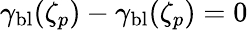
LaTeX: \gamma_{\mathrm{bl}}(\zeta_{p})-\gamma_{\mathrm{bl}}(\zeta_{p})=0